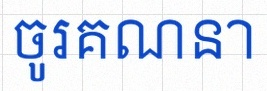
ចូរគណនា